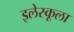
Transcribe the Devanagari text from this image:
इलेस्कूला